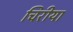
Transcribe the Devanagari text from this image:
चिरीया